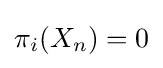
\pi _{i}(X_{n})=0